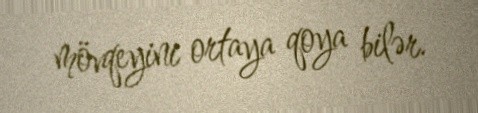
mövqeyini ortaya qoya bilər.